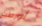
تورطت